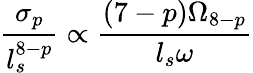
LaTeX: \frac{\sigma_{p}}{l_{s}^{8-p}}\propto\frac{(7-p)\Omega_{8-p}}{l_{s}\omega}